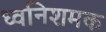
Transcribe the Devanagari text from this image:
ध्वनिशमक